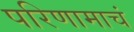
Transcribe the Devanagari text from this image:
परिणामाचं